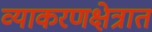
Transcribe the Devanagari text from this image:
व्याकरणक्षेत्रात